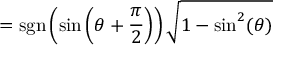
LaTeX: = \operatorname { s g n } \left( \sin \left( \theta + { \frac { \pi } { 2 } } \right) \right) { \sqrt { 1 - \sin ^ { 2 } ( \theta ) } }